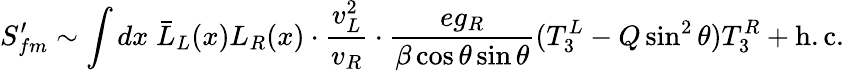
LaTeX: S_{fm}^{\prime}\sim\int dx\; \bar{L}_{L}(x)L_{R}(x)\cdot\frac{v_{L}^{2}}{v_{R}}\cdot\frac{eg_{R}}{\beta\cos\theta\sin\theta}(T_{3}^{L}-Q\sin^{2}\theta)T_{3}^{R}+\mathrm{h.c.}